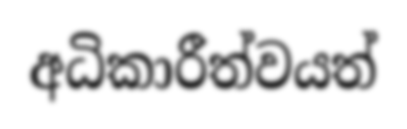
අධිකාරීත්වයත්